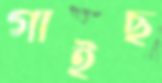
গাইছ